Scottish Certificate of Education, 1962
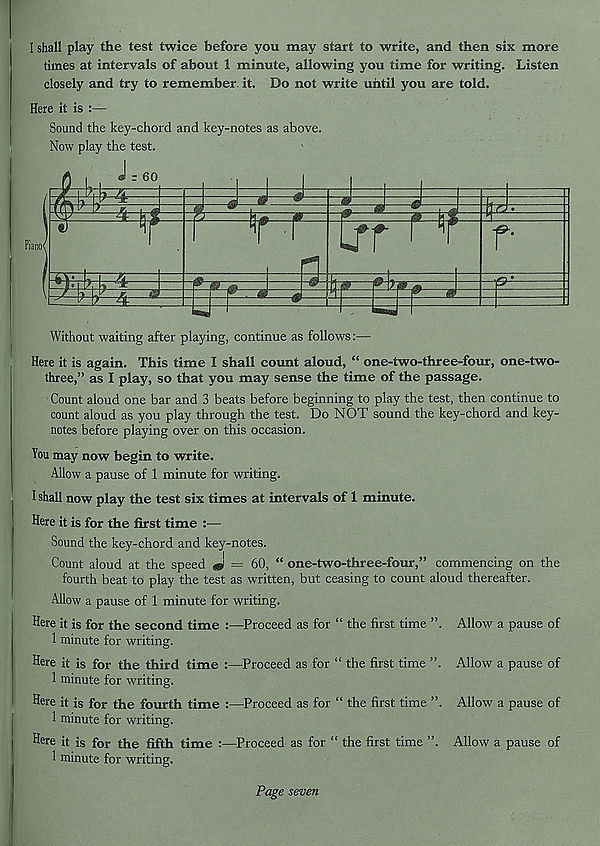
I shall play the test twice before you may start to write, and then six more
times at intervals of about 1 minute, allowing you time for writing. Listen
closely and try to remember it. Do not write until you are told.
Here it is :—
Sound the key-chord and key-notes as above.
Now play the test.
J.- 60
j ■ J ■ J
(Mt-
f
Piano<
a
r
w.
Without waiting after playing, continue as follows:—
Here it is again. This time I shall count aloud, “ one-two-three-four, one-two-
three,” as I play, so that you may sense the time of the passage.
Count aloud one bar and 3 beats before beginning to play the test, then continue to
count aloud as you play through the test. Do NOT sound the key-chord and key-
notes before playing over on this occasion.
You may now begin to write.
Allow a pause of 1 minute for writing.
I shall now play the test six times at intervals of 1 minute.
Here it is for the first time :—
Sound the key-chord and key-notes.
Count aloud at the speed J} = 60, “ one-two-three-four,” commencing on the
fourth beat to play the test as written, but ceasing to count aloud thereafter.
Allow a pause of 1 minute for writing.
Here it is for the second time :—Proceed as for “ the first time ”.
1 minute for writing.
Here it is for the third time :—Proceed as for “ the first time ”.
1 minute for writing.
Here it is for the fourth time :—Proceed as for “ the first time
1 minute for writing.
Here it is for the fifth time :—Proceed as for “ the first time ”.
1 minute for writing.
Allow a pause of
Allow a pause of
Allow a pause of
Allow a pause of
Page seven